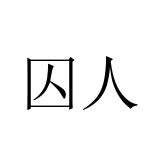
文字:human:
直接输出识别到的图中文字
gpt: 囚人